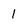
Character: 1